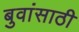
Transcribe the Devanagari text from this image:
बुवांसाठी